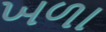
ખળા